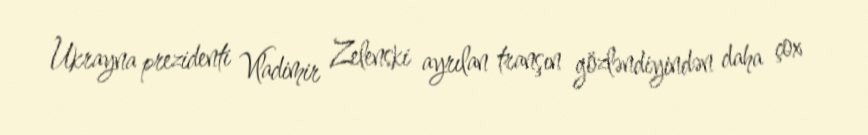
Ukrayna prezidenti Vladimir Zelenski ayrılan tranşın gözləndiyindən daha çox